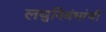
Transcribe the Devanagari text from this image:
लघुनिबंधांची